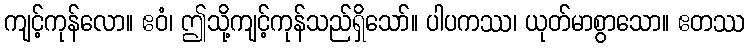
ကျင့်ကုန်လော။ ဧဝံ၊ ဤသို့ကျင့်ကုန်သည်ရှိသော်။ ပါပကဿ၊ ယုတ်မာစွာသော။ ဧတဿ